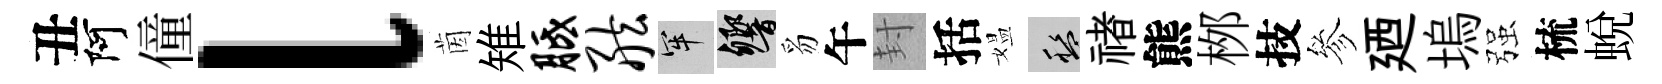
丑阿僮l茵雉胝舷牢響豸午封括媪盤禇熊桞技參廼塢强梳蜕